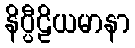
နိပ္ပီဠိယမာနာ